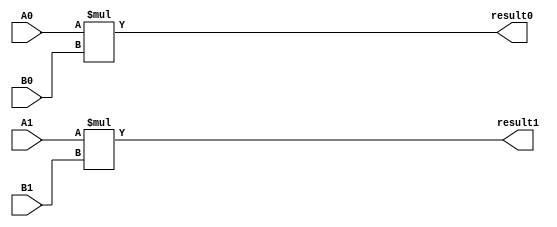
module matrix_multiplier (
  input [7:0] A0, B0, A1, B1,  // Input elements of Matrix A and B
  output [15:0] result0, result1  // Output elements of the resulting Matrix
);

// Arithmetic block 00
assign result0 = A0 * B0;

// Arithmetic block 01
assign result1 = A1 * B1;

endmodule